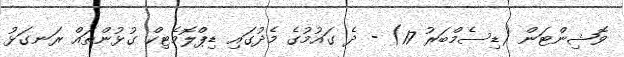
ވޮޝިންޓަން (ޑިސެމްބަރު 17) - ދެ ގައުމުގެ މެދުގައި ޑިޕްލޮމެޓިކް ގުޅުންތައް ރަނގަޅު